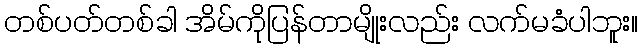
တစ်ပတ်တစ်ခါ အိမ်ကိုပြန်တာမျိုးလည်း လက်မခံပါဘူး။